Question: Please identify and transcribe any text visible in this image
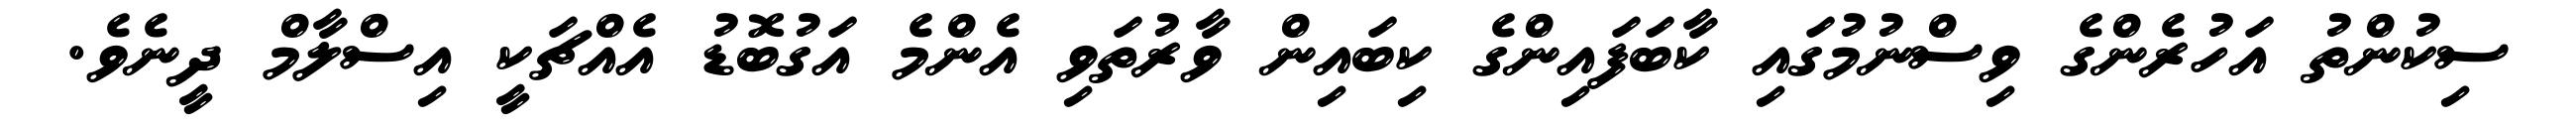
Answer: ސިކުންތު އަހުރެންގެ ވިސްނުމުގައި ކާބަފައިންގެ ކިބައިން ވާރުތަވި އެންމެ އަގުބޮޑު އެއްޗަކީ އިސްލާމް ދީނެވެ.